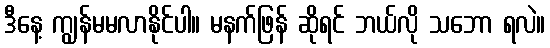
ဒီနေ့ ကျွန်မမလာနိုင်ပါ။ မနက်ဖြန် ဆိုရင် ဘယ်လို သဘော ရလဲ။